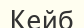
Кейб